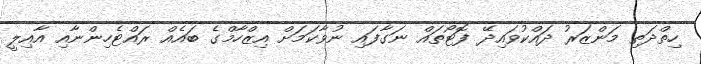
ހިތްދަތި މަންޒަރު ދައްކުވައިދޭ ފޮޓޯތައް ނަގާފައި ނުވާކަމަށް އިޒްހާމްގެ ބައެއް ރައްޓެހިންނާއި އާއިލީ